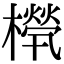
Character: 𣜧